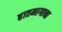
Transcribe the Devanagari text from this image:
हातमागाचा